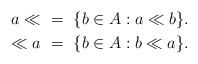
LaTeX: \begin{align*}a\ll\ &=\ \{b\in A:a\ll b\}.\\\ll a\ &=\ \{b\in A:b\ll a\}.\end{align*}